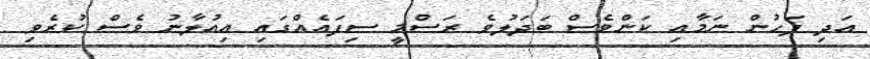
އަދި ފަހުން ނަމާއި ކަންވެސް ބަދަލުވެ ރަސްމީ ސިފައެއްގައި އިއުލާނު ވެސް ކުރެވި